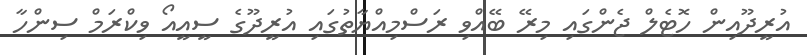
އުރީދޫއިން ހޮޓެލް ޖެންގައި މިރޭ ބޭއްވި ރަސްމިއްޔާތުގައި އުރީދޫގެ ސީއީއޯ ވިކްރަމް ސިންހާ